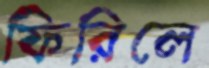
ফিরিলে